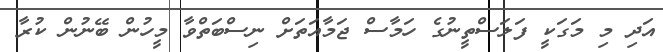
އަދި މި މަގަކީ ފަލަސްތީނުގެ ހަމާސް ޖަމާއަތަށް ނިސްބަތްވާ މީހުން ބޭނުން ކުރާ